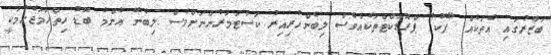
ބަޒާރުގައި އެތަކެއް "ފޭކު" ޕްރޮޑަކްޓްތަކެއްވެސް ލިބެންހުރިއިރު ކަސްޓަމަރުންނަށްވެސް ލިބެނޭ އެންމެ ބޮޑު ހިތްހަމަޖެހުމަކީ